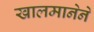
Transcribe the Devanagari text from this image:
खालमानेने